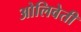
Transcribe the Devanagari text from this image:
ओलिवेती